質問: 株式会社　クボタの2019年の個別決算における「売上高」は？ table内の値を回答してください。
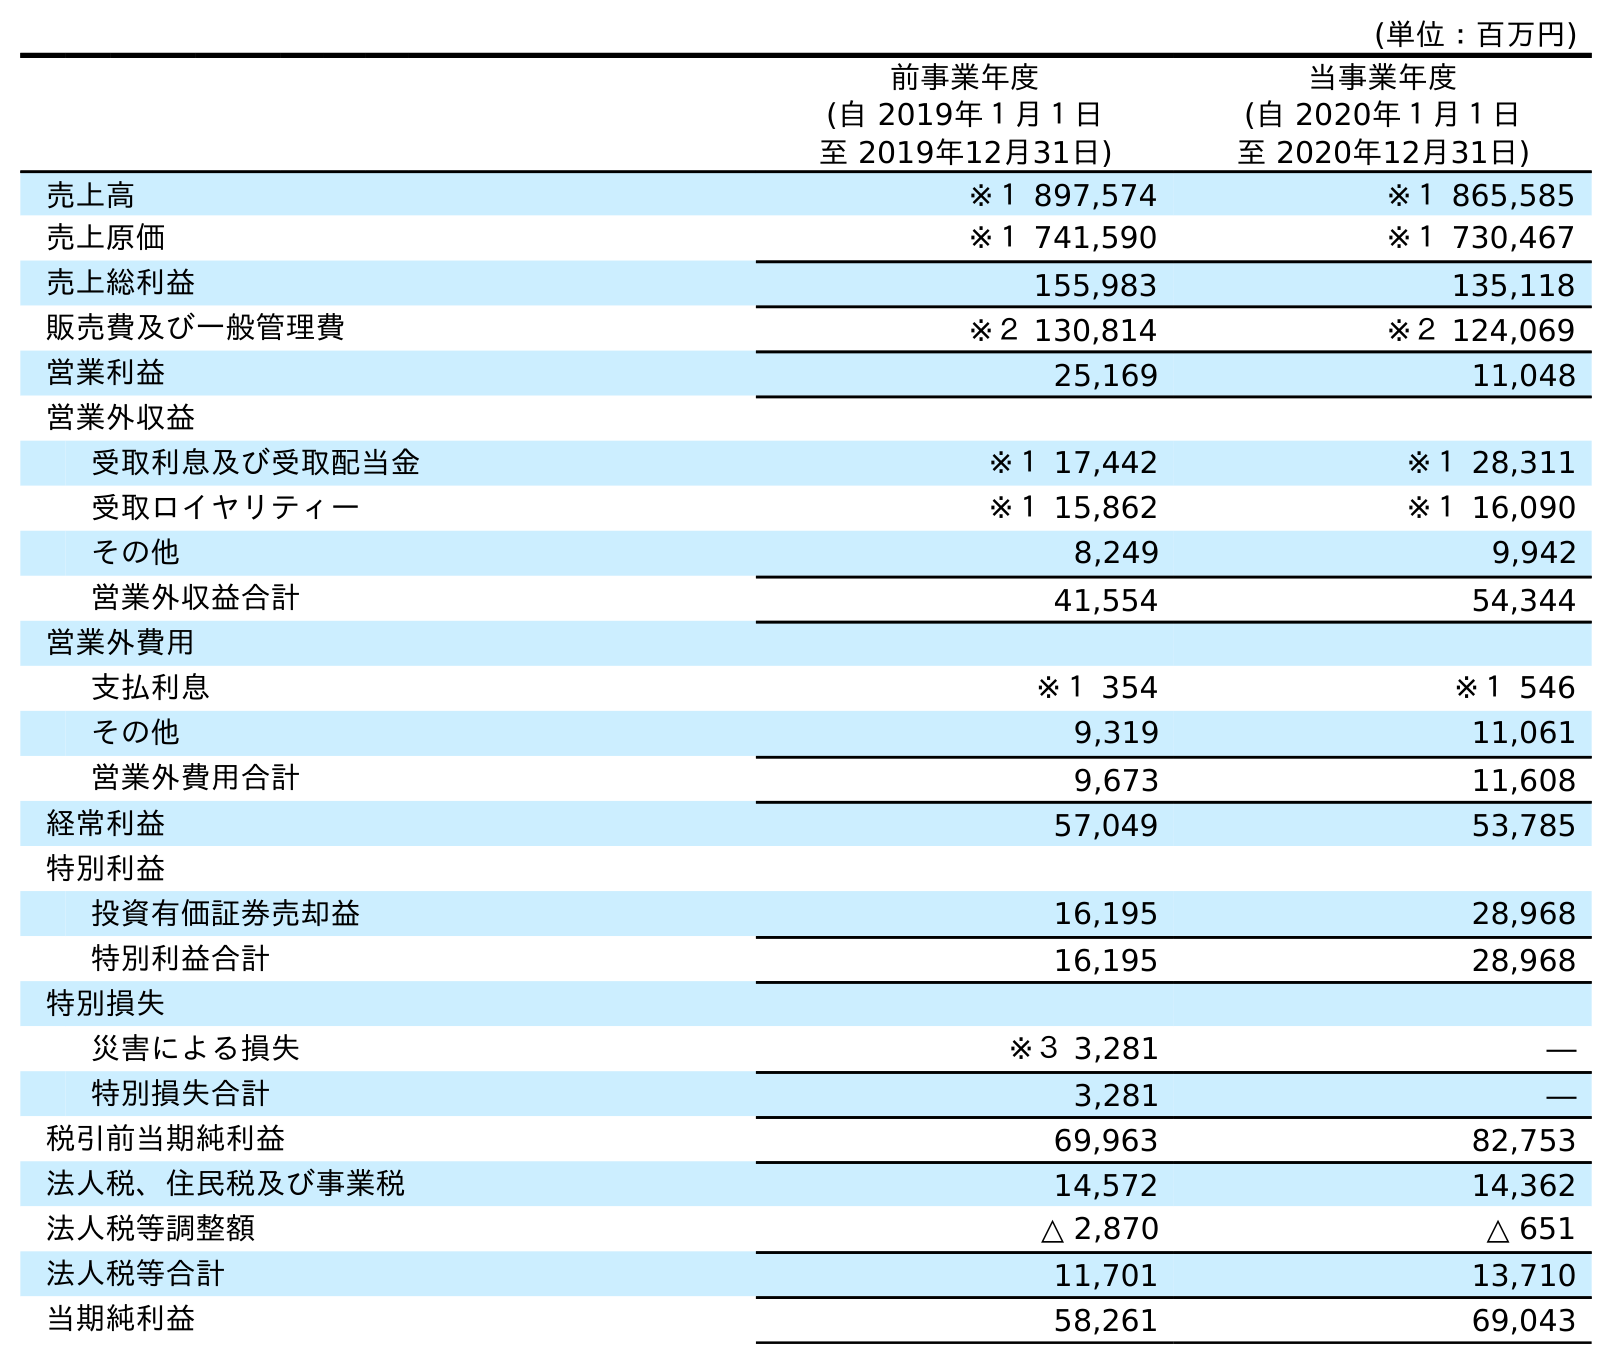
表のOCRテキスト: (単位：百万円) 前事業年度 (自 2019年１月１日 至 2019年12月31日) 当事業年度 (自 2020年１月１日 至 2020年12月31日) 売上高 ※１ 897,574 ※１ 865,585 売上原価 ※１ 741,590 ※１ 730,467 売上総利益 155,983 135,118 販売費及び一般管理費 ※２ 130,814 ※２ 124,069 営業利益 25,169 11,048 営業外収益 受取利息及び受取配当金 ※１ 17,442 ※１ 28,311 受取ロイヤリティー ※１ 15,862 ※１ 16,090 その他 8,249 9,942 営業外収益合計 41,554 54,344 営業外費用 支払利息 ※１ 354 ※１ 546 その他 9,319 11,061 営業外費用合計 9,673 11,608 経常利益 57,049 53,785 特別利益 投資有価証券売却益 16,195 28,968 特別利益合計 16,195 28,968 特別損失 災害による損失 ※３ 3,281 ― 特別損失合計 3,281 ― 税引前当期純利益 69,963 82,753 法人税、住民税及び事業税 14,572 14,362 法人税等調整額 △ 2,870 △ 651 法人税等合計 11,701 13,710 当期純利益 58,261 69,043
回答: ※１897,574